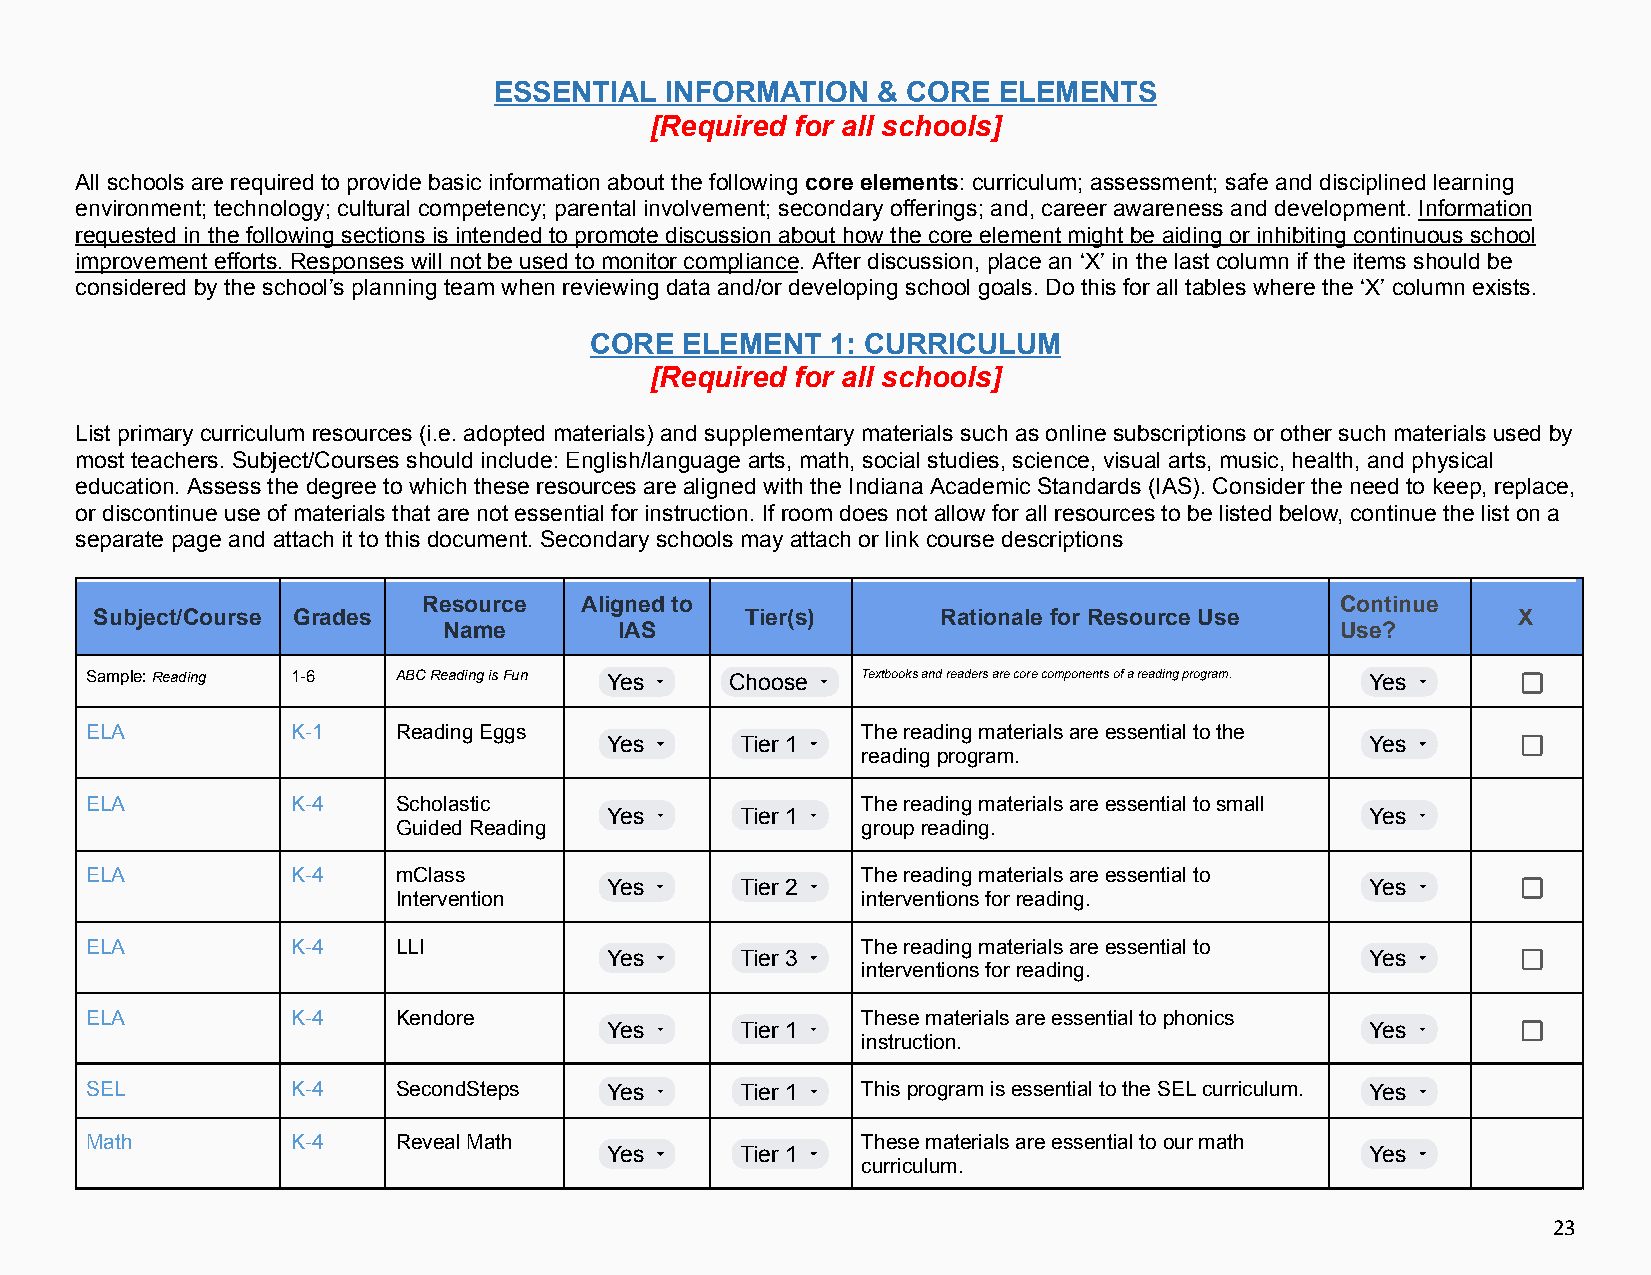
ESSENTIAL  INFORMATION   & CORE  ELEMENTS
 [Required for all schools]
 All schools are required to provide basic information about the following core elements: curriculum; assessment; safe and disciplined learning
 environment; technology; cultural competency; parental involvement; secondary offerings; and, career awareness and development. Information
 requested in the following sections is intended to promote discussion about how the core element might be aiding or inhibiting continuous school
 improvement efforts. Responses will not be used to monitor compliance. After discussion, place an ‘X’ in the last column if the items should be
 considered by the school’s planning team when reviewing data and/or developing school goals. Do this for all tables where the ‘X’ column exists.
 CORE  ELEMENT   1: CURRICULUM
 [Required for all schools]
 List primary curriculum resources (i.e. adopted materials) and supplementary materials such as online subscriptions or other such materials used by
 most teachers. Subject/Courses should include: English/language arts, math, social studies, science, visual arts, music, health, and physical
 education. Assess the degree to which these resources are aligned with the Indiana Academic Standards (IAS). Consider the need to keep, replace,
 or discontinue use of materials that are not essential for instruction. If room does not allow for all resources to be listed below, continue the list on a
 separate page and attach it to this document. Secondary schools may attach or link course descriptions
 Resource  Aligned to                                         Continue
 Subject/Course Grades                      Tier(s)      Rationale for Resource Use            X
 Name        IAS                                             Use?
 Sample:Reading 1-6  ABCReadingisFun Yes   Choose   Textbooksandreadersarecorecomponentsofareadingprogram. Yes
 ELA          K-1    ReadingEggs                    Thereadingmaterialsareessentialtothe
 Yes      Tier 1                                    Yes
 readingprogram.
 ELA          K-4    Scholastic                     Thereadingmaterialsareessentialtosmall
 Yes      Tier 1                                    Yes
 GuidedReading                  groupreading.
 ELA          K-4    mClass                         Thereadingmaterialsareessentialto
 Yes      Tier 2                                    Yes
 Intervention                   interventionsforreading.
 ELA          K-4    LLI                            Thereadingmaterialsareessentialto
 Yes      Tier 3                                    Yes
 interventionsforreading.
 ELA          K-4    Kendore                        Thesematerialsareessentialtophonics
 Yes      Tier 1                                    Yes
 instruction.
 SEL          K-4    SecondSteps   Yes      Tier 1  ThisprogramisessentialtotheSELcurriculum. Yes
 Math         K-4    RevealMath                     Thesematerialsareessentialtoourmath
 Yes      Tier 1                                    Yes
 curriculum.
 23